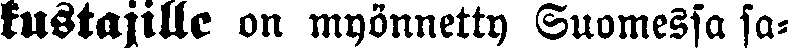
kustajille on myönnetty Suomessa sa-